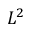
L ^ { 2 }